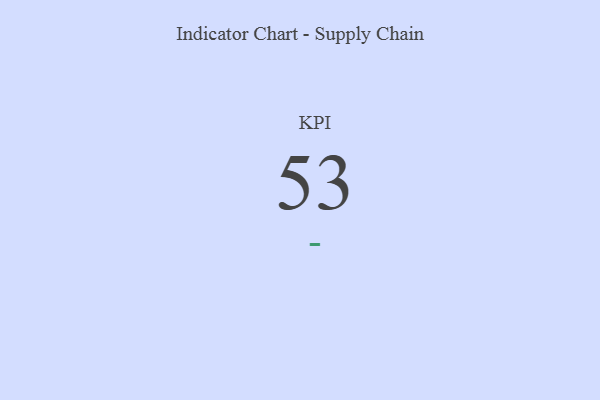
{"axis": {"x": "KPI", "y": "Value"}, "legend": [""], "data": [{"x": "KPI", "y": 53, "type": ""}]}